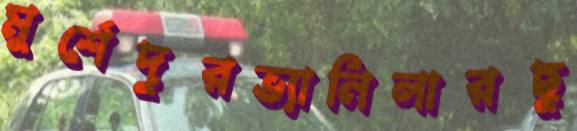
মুর্শেদুরভ্যানিলারছু